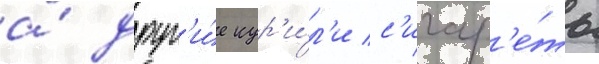
а́ друг'и́е кур'и́л'и с'игар'е́ты